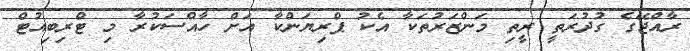
ރާއްޖޭގެ ގުދުރަތީ ރީތި މަންޒަރުތަކާ އެކު ޕްރިޔަންކާ އަށް ހާއްސަކުރާ މި ޓްރިބިއުޓް